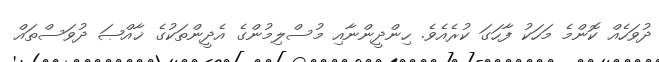
ދުވަހެއް ކޮންމެ މަހަކު ފާހަގަ ކުރެއެވެ. ހިންދީންނާއި މުސްލިމުންގެ އެދީންތަކުގެ ޚާއްޞަ ދުވަސްތައް